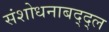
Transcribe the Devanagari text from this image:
संशोधनाबद्द्ल